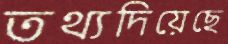
তথ্যদিয়েছে